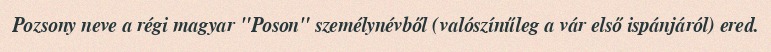
Pozsony neve a régi magyar "Poson" személynévből (valószínűleg a vár első ispánjáról) ered.